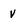
Character: v